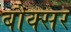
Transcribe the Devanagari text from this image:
बौक्सर